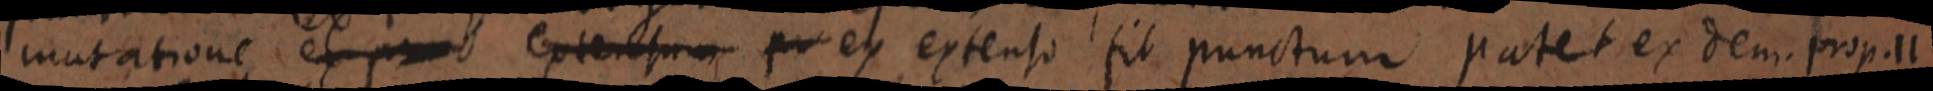
mutatione ex p _ extensum pr ex extenso sit punctum patet ex dem. prop. 11